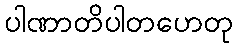
ပါဏာတိပါတဟေတု